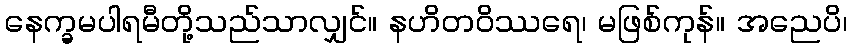
နေက္ခမပါရမီတို့သည်သာလျှင်။ နဟိတဝိဿရေ၊ မဖြစ်ကုန်။ အညေပိ၊